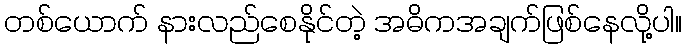
တစ်ယောက် နားလည်စေနိုင်တဲ့ အဓိကအချက်ဖြစ်နေလို့ပါ။